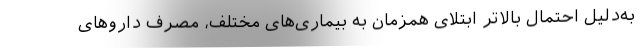
به‌دلیل احتمال بالاتر ابتلای همزمان به بیماری‌های مختلف، مصرف داروهای